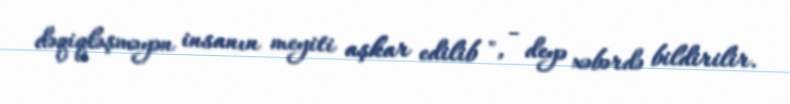
dəqiqləşməyən insanın meyiti aşkar edilib ", - deyə xəbərdə bildirilir.